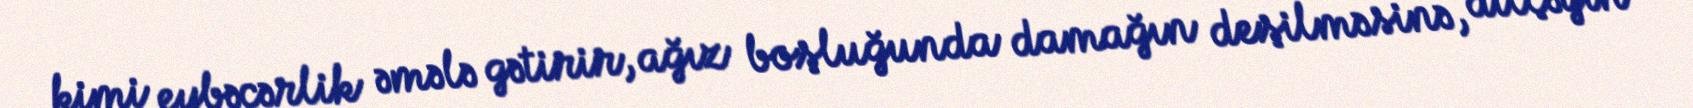
kimi eybəcərlik əmələ gətirir, ağız boşluğunda damağın deşilməsinə, dilçəyin